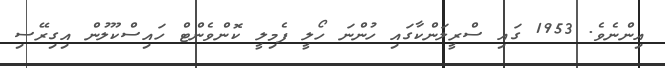
އިންނެވެ. 1953 ގައި ސްރީލަންކާގައި ހުންނަ ހޯލީ ފެމިލީ ކޮންވެންޓް ހައިސްކޫލުން އިގިރޭސި